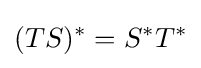
(TS)^{*}=S^{*}T^{*}